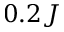
0 . 2 J